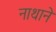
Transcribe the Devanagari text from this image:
नाथाने